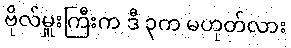
ဗိုလ်မှူးကြီးက ဒီ ၃က မဟုတ်လား